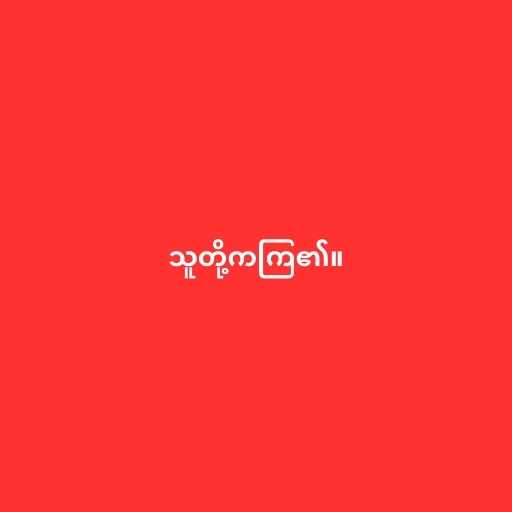
သူတို့ကကြ၏။